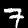
Label: 7